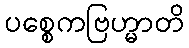
ပစ္စေကဗြဟ္မာတိ